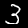
Digit: 3